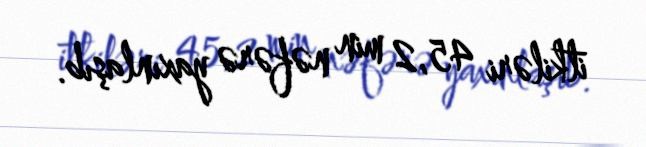
itkiləri 45,2 min nəfərə yaxınlaşıb.